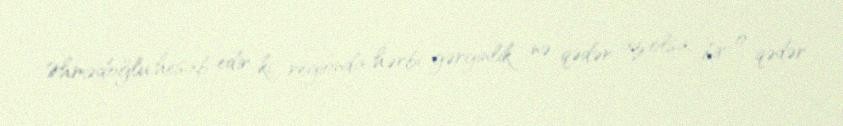
Əhmədoğlu hesab edir ki, regionda hərbi gərginlik nə qədər az olsa, bir o qədər